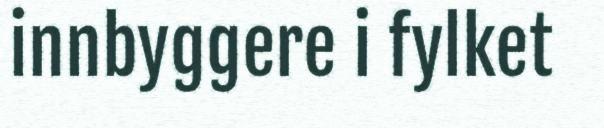
innbyggere i fylket